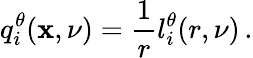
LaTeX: q_{i}^{\theta}(\mathbf{x},\nu)=\frac{{1}}{{r}}l_{i}^{\theta}(r,\nu)\, .